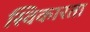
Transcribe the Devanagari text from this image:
स्विकारता